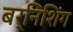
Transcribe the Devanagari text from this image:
बर्निशिंग